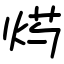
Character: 烵